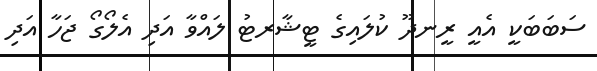
ސަބަބަކީ އެއީ ރީނދޫ ކުލައިގެ ޓީޝާރޓު ލައްވާ އަދި އެލޯގޯ ޖަހާ އަދި